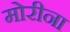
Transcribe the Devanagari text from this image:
मोरीना